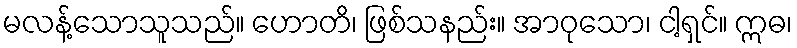
မလန့်သောသူသည်။ ဟောတိ၊ ဖြစ်သနည်း။ အာဝုသော၊ ငါ့ရှင်။ ဣဓ၊